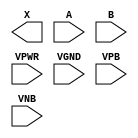
module sky130_fd_sc_ms__and2 (
    X   ,
    A   ,
    B   ,
    VPWR,
    VGND,
    VPB ,
    VNB
);

    output X   ;
    input  A   ;
    input  B   ;
    input  VPWR;
    input  VGND;
    input  VPB ;
    input  VNB ;
endmodule